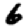
Digit: 6